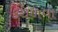
કથળવા